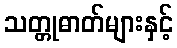
သတ္တုဓာတ်များနှင့်